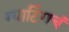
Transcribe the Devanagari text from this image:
ग्याटिंगचं